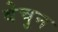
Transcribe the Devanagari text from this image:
वेचुन